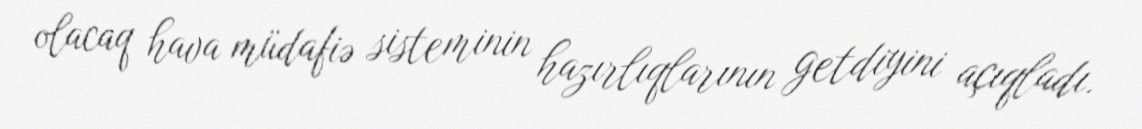
olacaq hava müdafiə sisteminin hazırlıqlarının getdiyini açıqladı.